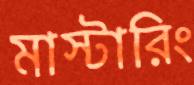
মাস্টারিং